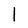
Character: l